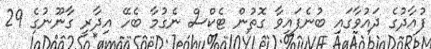
ފުއާދުގެ ދައުވާގައި ބުނެފައިވާ ގޮތުން ޓެކްސް ނެގުމާ ބެހޭ އިދާރީ ގާނޫނުގެ 29